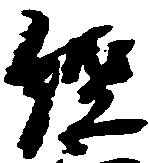
経